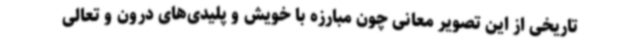
تاریخی از این تصویر معانی چون مبارزه با خویش و پلیدی‌های درون و تعالی